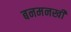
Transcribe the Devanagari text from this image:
बनमनखी